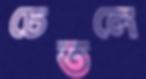
চেতলে